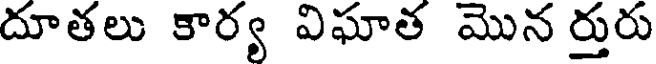
దూతలు కార్య విఘాత మొన ర్తురు